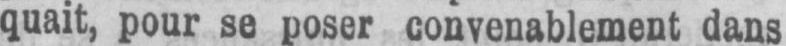
quait, pour se poser convenablement dans